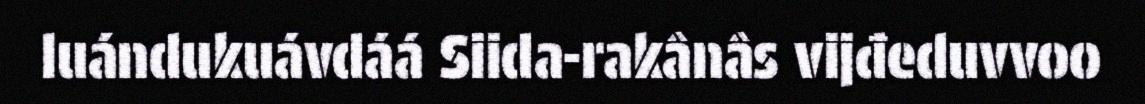
luándukuávdáá Siida-rakânâs vijđeduvvoo